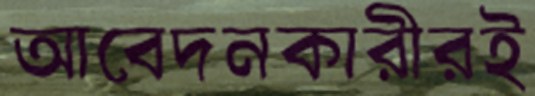
আবেদনকারীরই